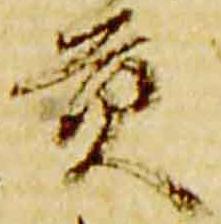
貢